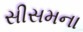
સીસમના